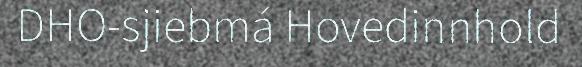
DHO-sjiebmá Hovedinnhold